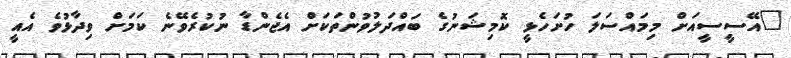
"އޭސީސީއަށް މިމައްސަލަ ހުށަހެޅީ ކޮމިޝަނުގެ ބައްދަލުވުންތަކަށް އެޖެންޑާ ނުކުރެވޭނެ ކަމަށް ވިދާޅުވެ އެއީ